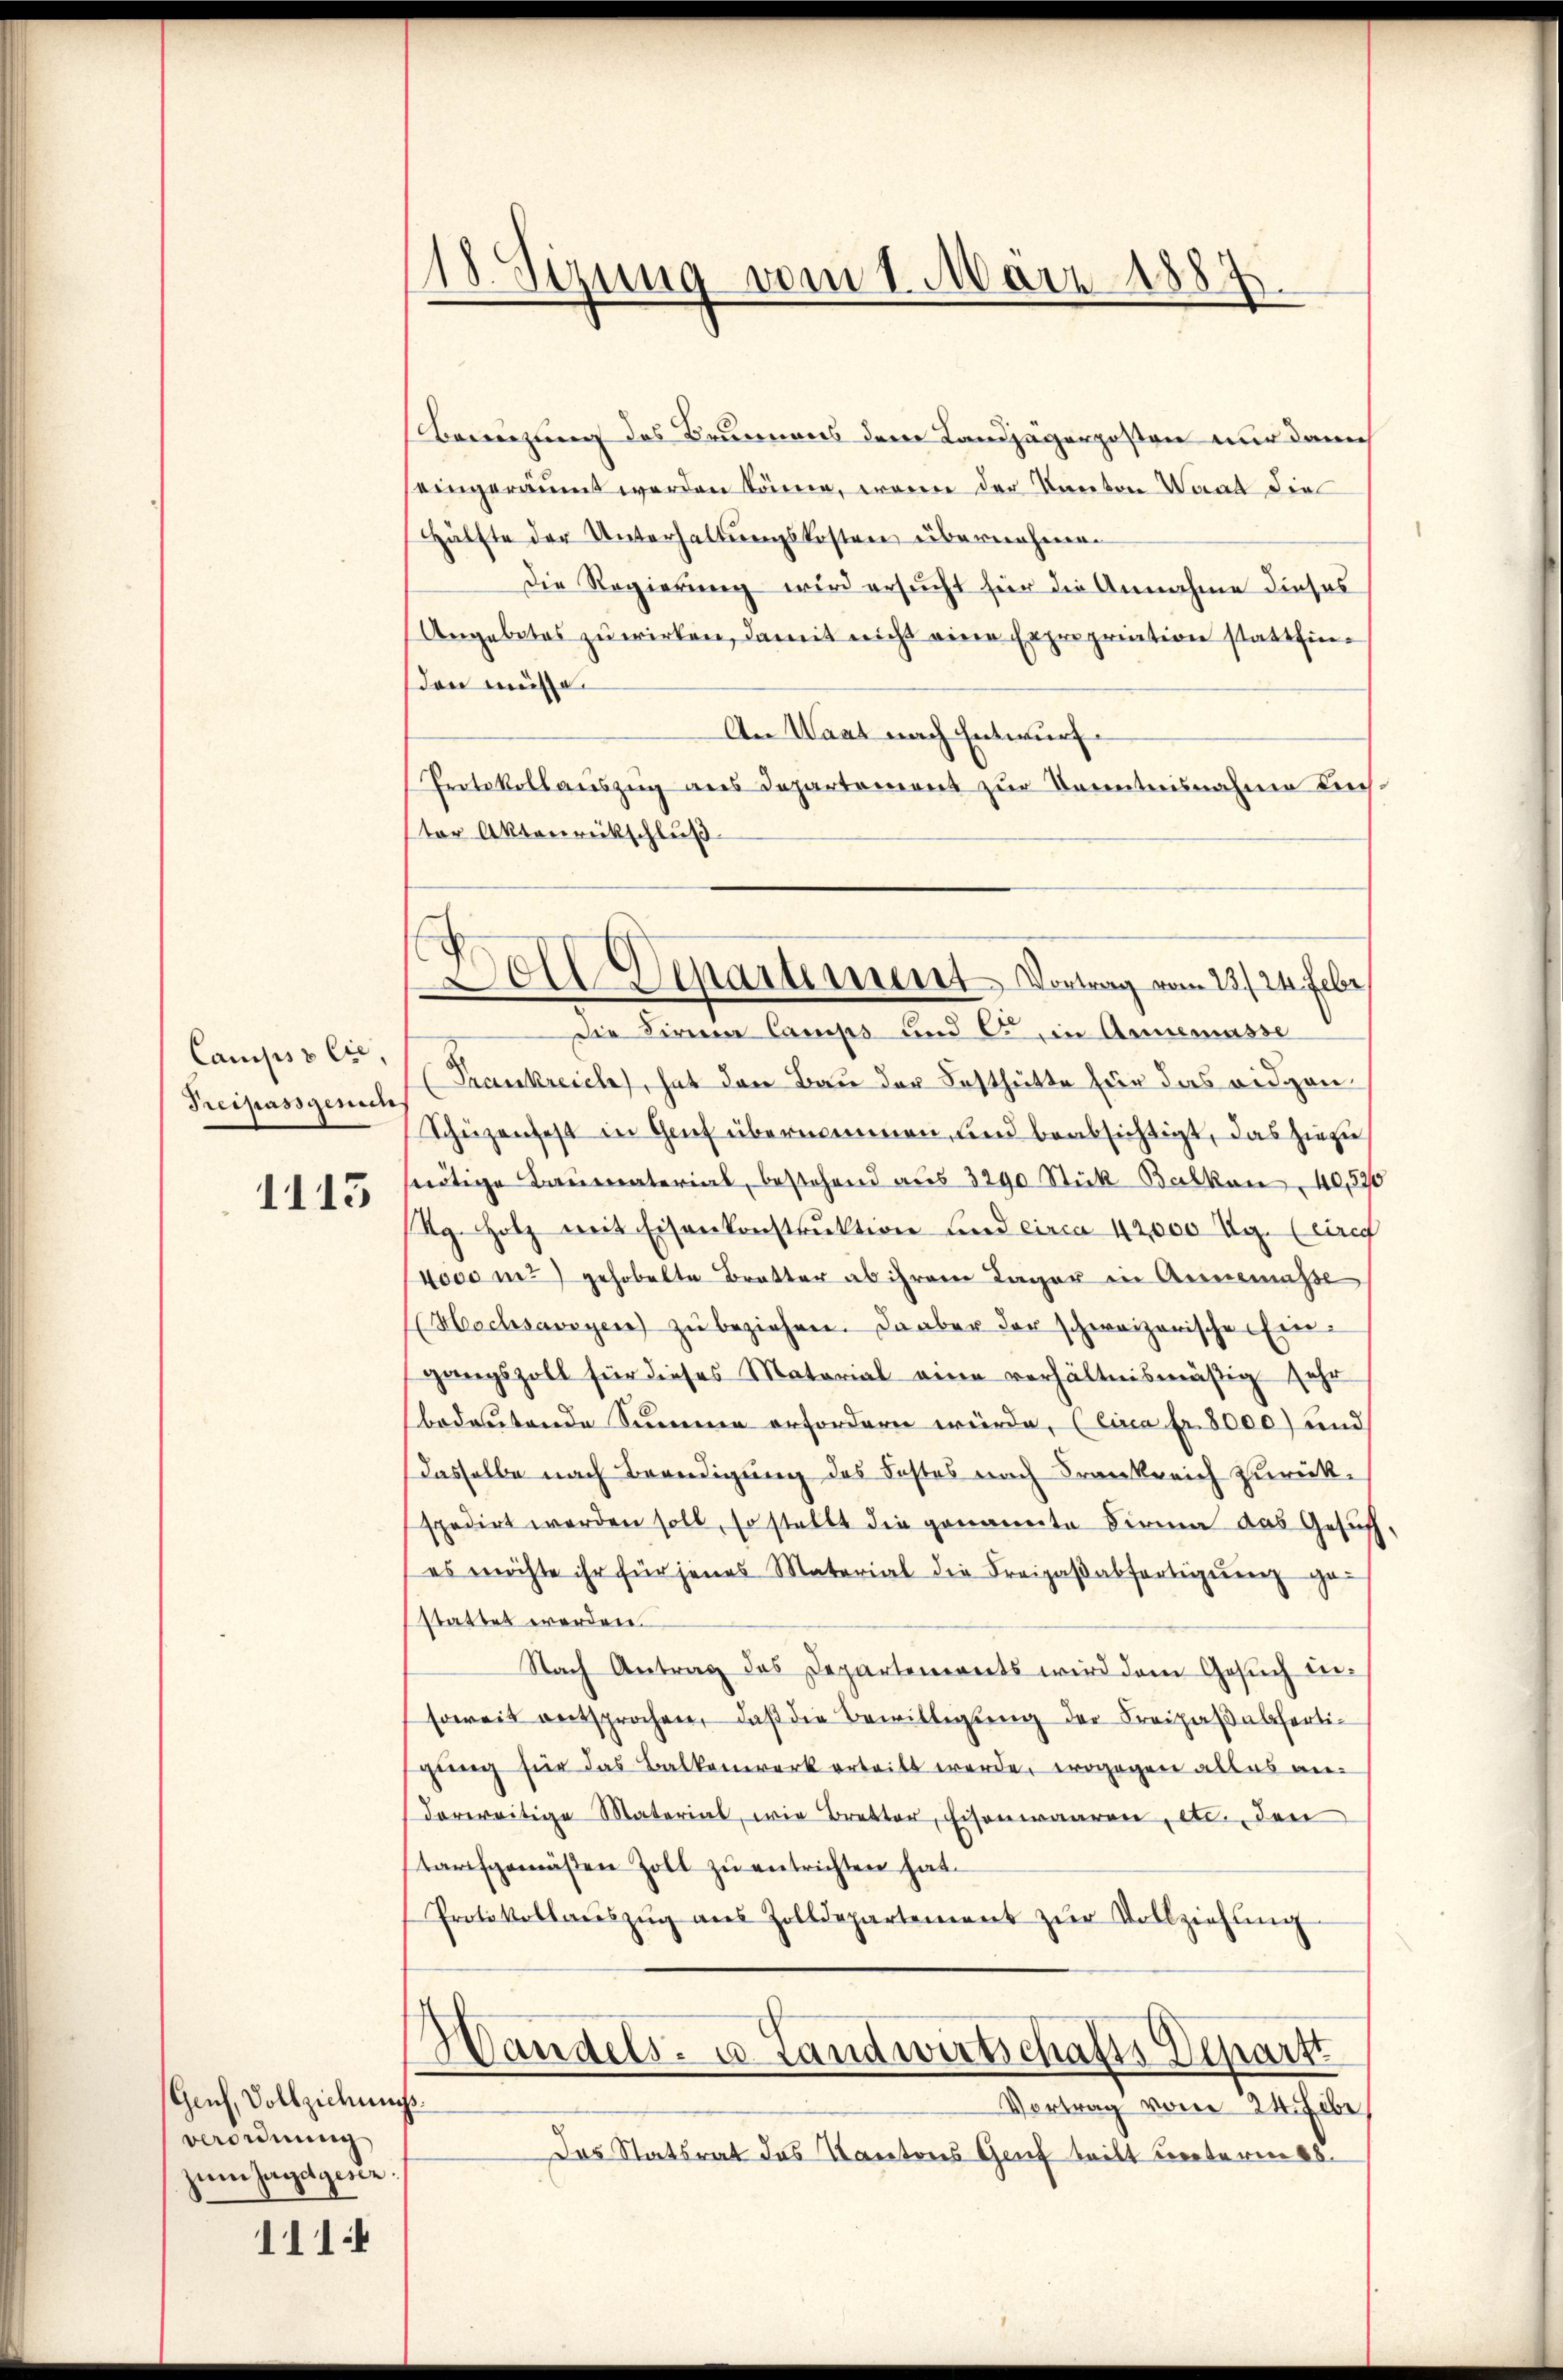
Camps & Cie,
Preisass genich

1115

Genf, Vollziehungsverordnung
zum Jagdgesen.

1111

18. Sezung vom 1. März 1887.

Bewegung des Brunnens dem Landjägerposten nur dann
eingeräumt werden könne, worin der Unreton Waadt die
Hälfte der Unterhaltungskosten übernehmen
Die Regierung wird ersucht für die Annahme dieses
Angebetes zu wirken, damit nicht eine Expropriation stattfinden müsse
An Waat nach Entwurf
Protokollauszug aus Departement zur Kenntnisnahme nich
ter Aktenrückschluß
dDie Firma Camps und C., in Annemasse
Frankreich, hat den Bau der Festhütte für das eidgen.
Schüzenfest in Gruf übernommen, und beabsichtigt, das hiezunötige Baumaterial, bestehend aus 3290 Stück Balkon 40,896
Rg. Holz mit Eisenkonstrŭktion und circa 42,000 Ug. Circ
4000 m2) gehobelte Bratter ab ihrem Lager in Annemasse
Machsavoyen zŭ beziehen. Da aber der schweizerische Eingangszoll für dieses Matorial eine verhältnismäßig sehr
bedeutende Summer erforderen würde, (Eina Fr. 8000) und
Dasselbe nach Beendigung des Festes nach Frankreich zurückspedirt werden soll, so stellt die genannte Sirna das Gesuch
es möchte ihr für jenes Material die Freigaβabfertigŭng ge-
stattet werden.
Nach Antrag des Departemonts wird dem Gesuch dersoweit entsprochen, daß die Bewilligung der Freipaßabfertiging für das Balkenwerk erteilt werde, wogegen alles andarereitige Material, wie Bretter, Eisenwaaren, etc., den
tarfgemäßen Zoll zu entrichten hat.
Protokollaŭszŭg aŭs Zolldepartement zŭr Vollziehŭng
Wandels- u. Landwirtschafts Depart
Vortrag vom 24. Febe
Das Statsrat des Kantons Gruf teilt unterm 28.

Doll Departement Vortrag vom 23./24. Febr